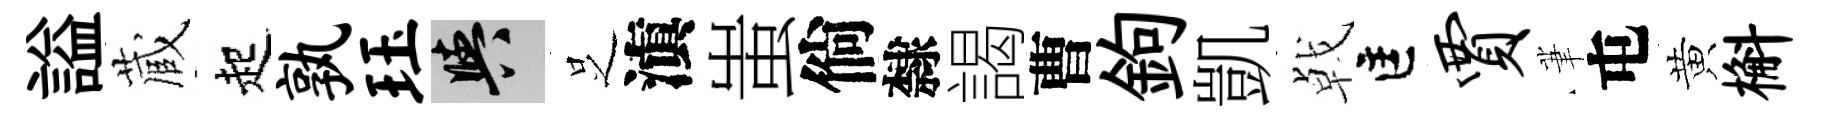
謚蔵起孰珏阳𠯁滇蚩倘隸謁曹鉤凱㦸匡贾茟屯黄槲